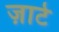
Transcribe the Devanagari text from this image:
ज़ाटे